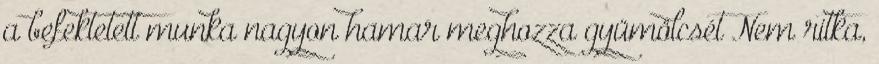
a befektetett munka nagyon hamar meghozza gyümölcsét Nem ritka,